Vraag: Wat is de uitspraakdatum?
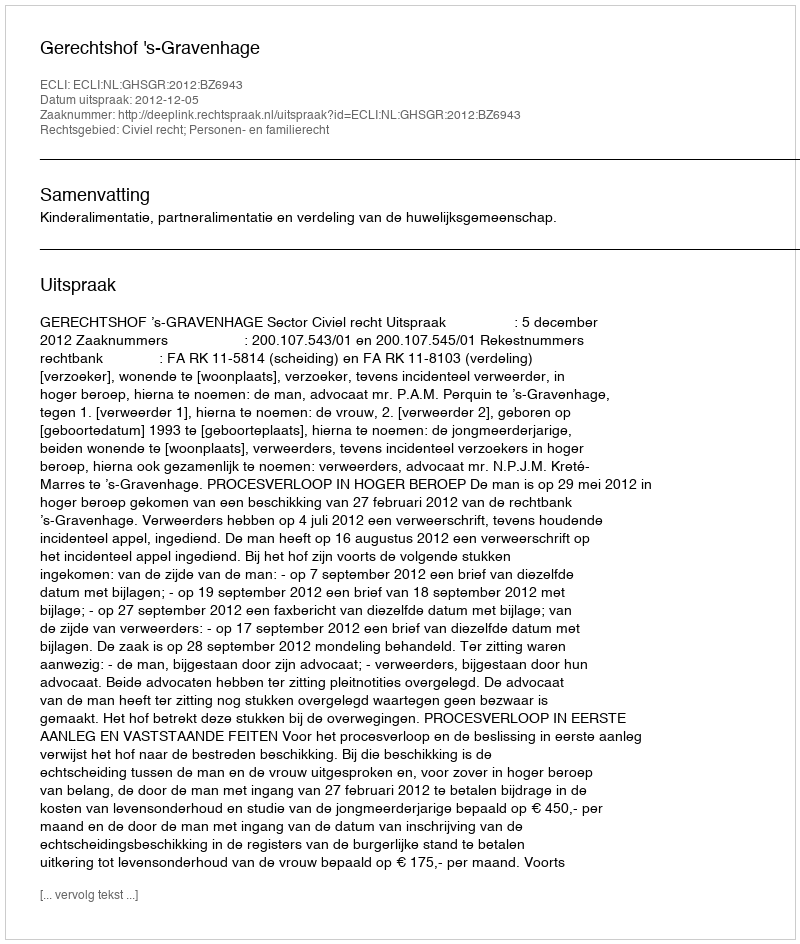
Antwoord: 2012-12-05